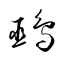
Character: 鵐